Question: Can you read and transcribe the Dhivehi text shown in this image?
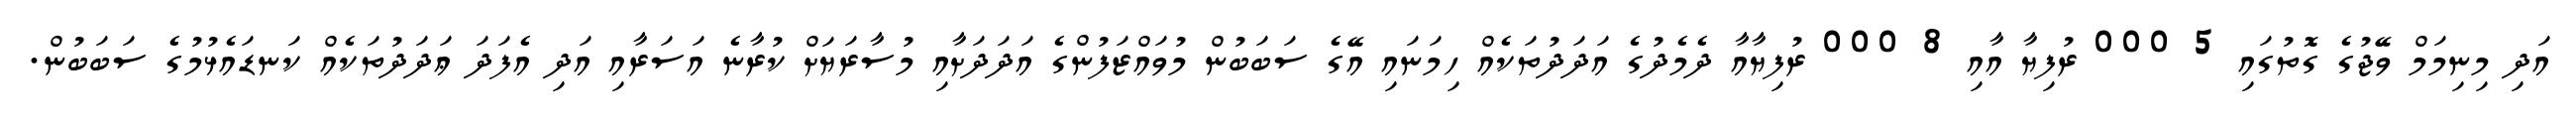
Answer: އަދި މިނިމަމް ވޭޖުގެ ގޮތުގައި 5 000 ރުފިޔާ އާއި 8 000 ރުފިޔާއާ ދެމެދުގެ އަދަދުތަކެއް ހިމަނައި އޭގެ ސަބަބުން މުވައްޒަފުންގެ އަދަދަށާއި މުސާރަޔަށް ކުރާނެ އަސަރާއި އަދި އެފަދަ ޢަދަދުތަކެއް ކަނޑައެޅުމުގެ ސަބަބުން.